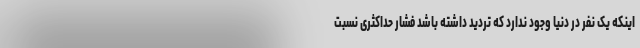
اینکه یک نفر در دنیا وجود ندارد که تردید داشته باشد فشار حداکثری نسبت